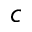
c